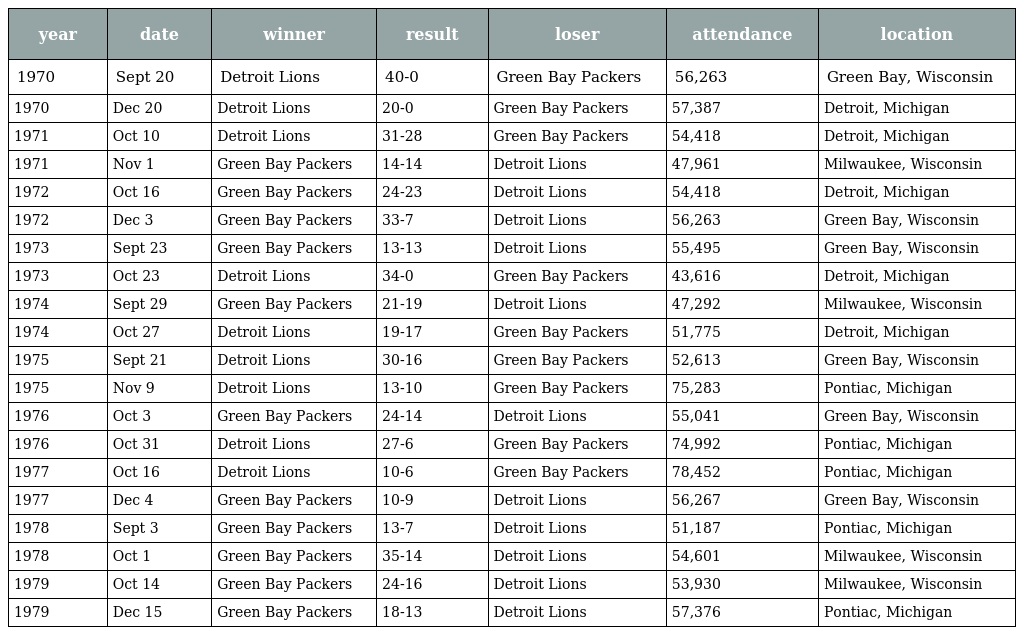
| year | date | winner | result | loser | attendance | location |
 | --- | --- | --- | --- | --- | --- | --- |
 | 1970 | Sept 20 | Detroit Lions | 40-0 | Green Bay Packers | 56,263 | Green Bay, Wisconsin |
 | 1970 | Dec 20 | Detroit Lions | 20-0 | Green Bay Packers | 57,387 | Detroit, Michigan |
 | 1971 | Oct 10 | Detroit Lions | 31-28 | Green Bay Packers | 54,418 | Detroit, Michigan |
 | 1971 | Nov 1 | Green Bay Packers | 14-14 | Detroit Lions | 47,961 | Milwaukee, Wisconsin |
 | 1972 | Oct 16 | Green Bay Packers | 24-23 | Detroit Lions | 54,418 | Detroit, Michigan |
 | 1972 | Dec 3 | Green Bay Packers | 33-7 | Detroit Lions | 56,263 | Green Bay, Wisconsin |
 | 1973 | Sept 23 | Green Bay Packers | 13-13 | Detroit Lions | 55,495 | Green Bay, Wisconsin |
 | 1973 | Oct 23 | Detroit Lions | 34-0 | Green Bay Packers | 43,616 | Detroit, Michigan |
 | 1974 | Sept 29 | Green Bay Packers | 21-19 | Detroit Lions | 47,292 | Milwaukee, Wisconsin |
 | 1974 | Oct 27 | Detroit Lions | 19-17 | Green Bay Packers | 51,775 | Detroit, Michigan |
 | 1975 | Sept 21 | Detroit Lions | 30-16 | Green Bay Packers | 52,613 | Green Bay, Wisconsin |
 | 1975 | Nov 9 | Detroit Lions | 13-10 | Green Bay Packers | 75,283 | Pontiac, Michigan |
 | 1976 | Oct 3 | Green Bay Packers | 24-14 | Detroit Lions | 55,041 | Green Bay, Wisconsin |
 | 1976 | Oct 31 | Detroit Lions | 27-6 | Green Bay Packers | 74,992 | Pontiac, Michigan |
 | 1977 | Oct 16 | Detroit Lions | 10-6 | Green Bay Packers | 78,452 | Pontiac, Michigan |
 | 1977 | Dec 4 | Green Bay Packers | 10-9 | Detroit Lions | 56,267 | Green Bay, Wisconsin |
 | 1978 | Sept 3 | Green Bay Packers | 13-7 | Detroit Lions | 51,187 | Pontiac, Michigan |
 | 1978 | Oct 1 | Green Bay Packers | 35-14 | Detroit Lions | 54,601 | Milwaukee, Wisconsin |
 | 1979 | Oct 14 | Green Bay Packers | 24-16 | Detroit Lions | 53,930 | Milwaukee, Wisconsin |
 | 1979 | Dec 15 | Green Bay Packers | 18-13 | Detroit Lions | 57,376 | Pontiac, Michigan |